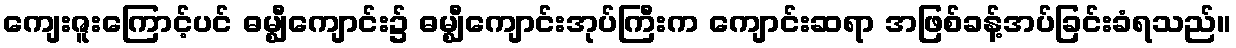
ကျေးဇူးကြောင့်ပင် ဓမ္ဈီကျောင်း၌ ဓမ္ဈီကျောင်းအုပ်ကြီးက ကျောင်းဆရာ အဖြစ်ခန့်အပ်ခြင်းခံရသည်။